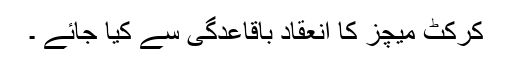
کرکٹ میچز کا انعقاد باقاعدگی سے کیا جائے ۔